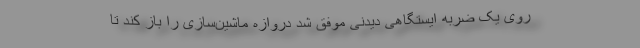
روی یک ضربه ایستگاهی دیدنی موفق شد دروازه ماشین‌سازی را باز کند تا